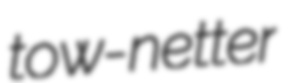
tow-netter